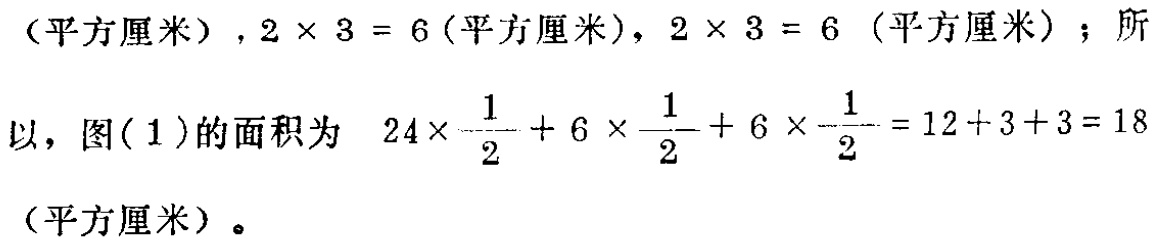
（平方厘米）, \(2\times 3 = 6\) (平方厘米), \(2\times 3 = 6\) (平方厘米)；所以，图(1)的面积为 \(24\times\frac{1}{2}+6\times\frac{1}{2}+6\times\frac{1}{2}=12 + 3+3 = 18\) (平方厘米)。